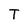
Character: T